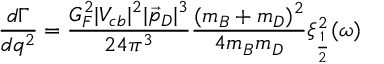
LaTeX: \frac { d \Gamma } { d q ^ { 2 } } = \frac { G _ { F } ^ { 2 } | V _ { c b } | ^ { 2 } | \vec { p } _ { D } | ^ { 3 } } { 2 4 \pi ^ { 3 } } \frac { ( m _ { B } + m _ { D } ) ^ { 2 } } { 4 m _ { B } m _ { D } } \xi _ { \frac { 1 } { 2 } } ^ { 2 } ( \omega )